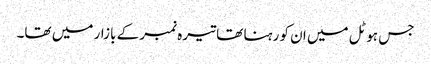
جس ہوٹل میں ان کو رہنا تھا تیرہ نمبر کے بازار میں تھا۔